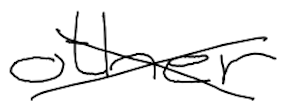
Text: other
Cross-out: cross
Writing tool: digital_black